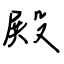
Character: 殿